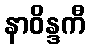
နာဝိန္ဒကီ